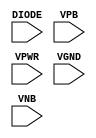
module sky130_fd_sc_hdll__diode (
    //# {{power|Power}}
    input DIODE,
    input VPB  ,
    input VPWR ,
    input VGND ,
    input VNB
);
endmodule